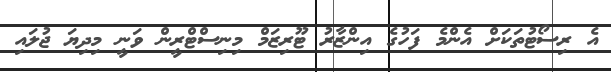
އެ ރިސޯޓުތަކަށް އެންމެ ފަހުގެ އިންޒާރު ޓޫރިޒަމް މިނިސްޓްރީން ވަނީ މިދިޔަ ޖުލައި